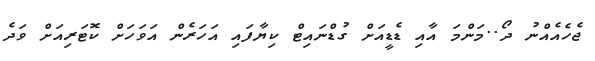
ޖެހެއެއްނު ދޯ..މަންމަ އާއި ޑެޑީއަށް ގުޑްނައިޓް ކިޔާފައި އަހަރެން އަވަހަށް ކޮޓަރިއަށް ވަދެ